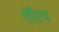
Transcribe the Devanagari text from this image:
ऍरिच